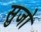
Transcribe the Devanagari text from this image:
सुजो